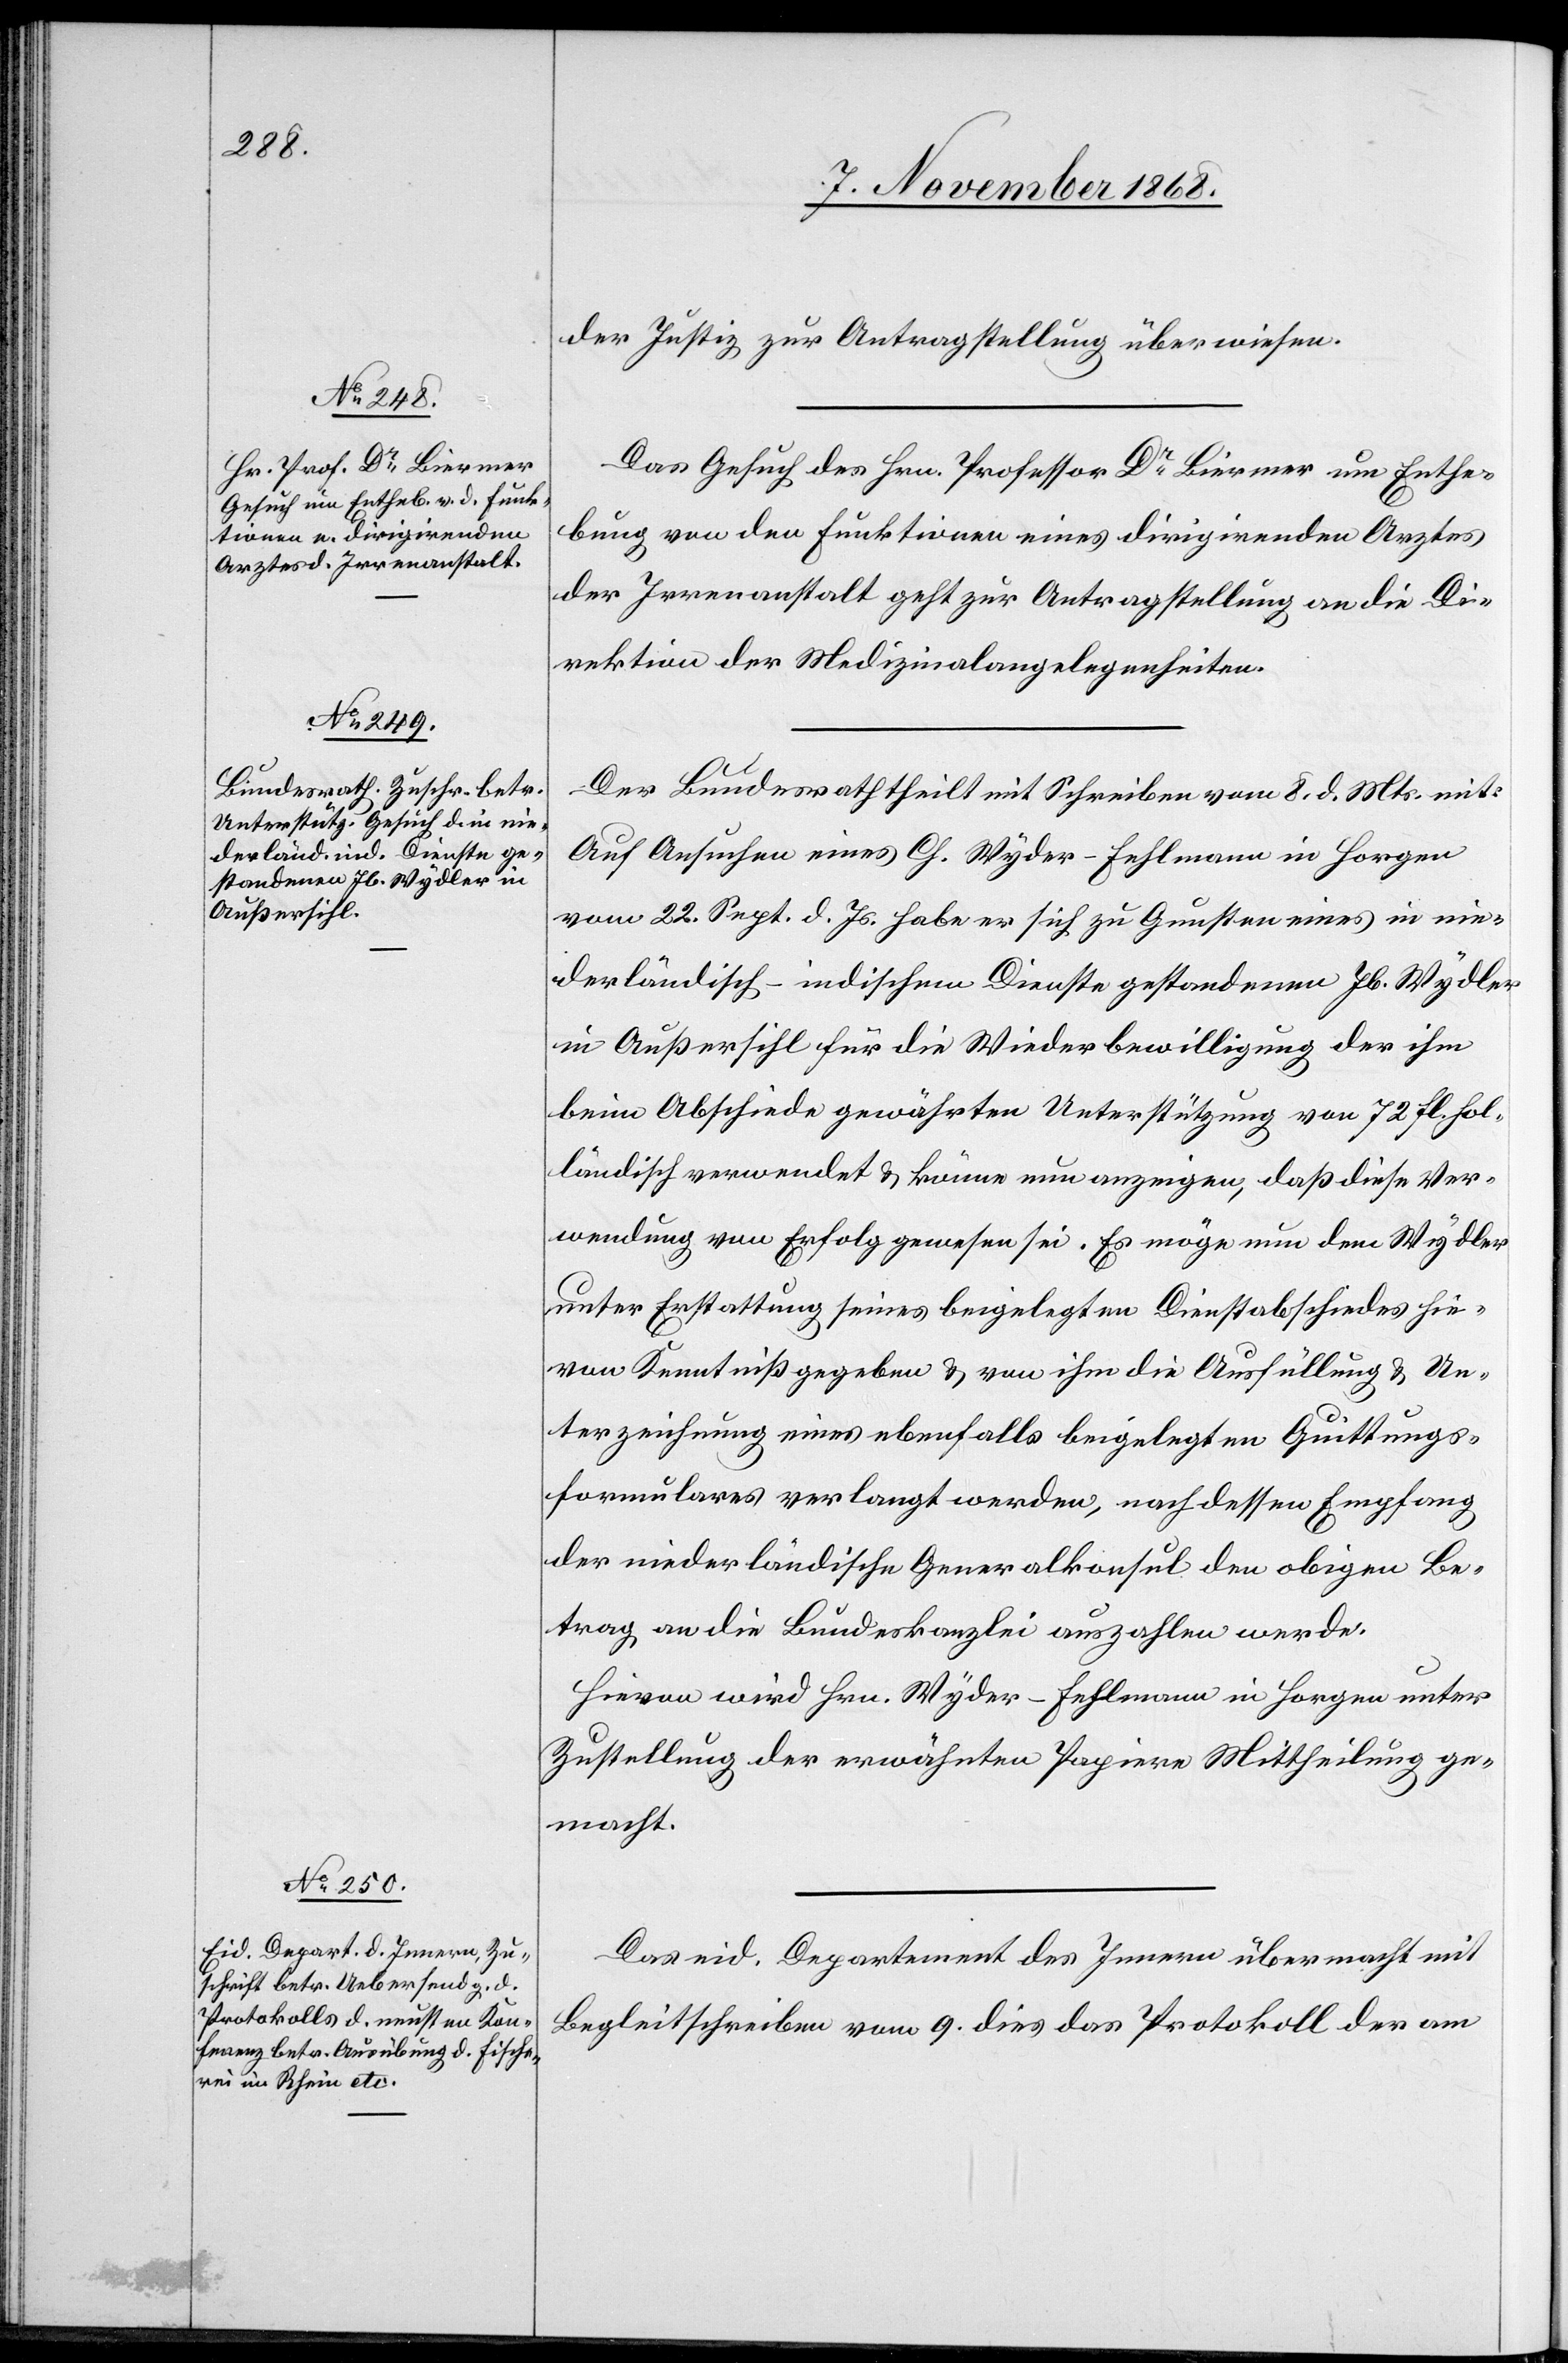
11. November 1868.]
der Justiz zur Antragstellung überwiesen.
Das Gesuch des Hrn. Professor Dr Biermer um Enthe¬
bung von den Funktionen eines dirigirenden Arztes
der Irrenanstalt geht zur Antragstellung an die Di¬
rektion der Medizinalangelegenheiten.
Der Bundesrath theilt mit Schreiben vom 8. d. Mts. mit:
Auf Ansuchen eines Ch. Wyder-Fehlmann in Horgen
vom 22. Sept. d. Js. habe er sich zu Gunsten eines in nie¬
derländisch-indischem Dienste gestandenen Jb. Wydler
in Außersihl für die Wiederbewilligung der ihm
beim Abschiede gewährten Unterstützung von 72 fl. hol¬
ländisch verwendet & könne nun anzeigen, daß diese Ver¬
wendung von Erfolg gewesen sei. Es möge nun dem Wydler
unter Erstattung seines beigelegten Dienstabschiedes hie¬
von Kenntniß gegeben & von ihm die Ausfüllung & Un¬
terzeichnung eines ebenfalls beigelegten Quittungs¬
formulares verlangt werden, nach dessen Empfang
der niederländische Generalkonsul den obigen Be¬
trag an die Bundeskanzlei auszahlen werde.
Hievon wird Hrn. Wyder-Fehlmann in Horgen unter
Zustellung der erwähnten Papiere Mittheilung ge¬
macht.
Das eid. Departement des Innern übermacht mit
Begleitschreiben vom 9. dies das Protokoll der am